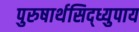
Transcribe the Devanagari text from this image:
पुरुषार्थसिद्ध्युपाय